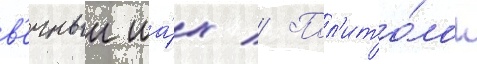
в'ечныи ша́х // Пол'ито́лог